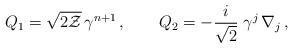
LaTeX: \begin{align*}Q_1=\sqrt{2{\cal Z}}\, \gamma^{n+1}\,,\qquad Q_2=-\frac{i}{\sqrt{2}}\;\gamma^j\,\nabla_j \,,\end{align*}